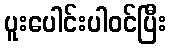
ပူးပေါင်းပါဝင်ပြီး